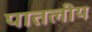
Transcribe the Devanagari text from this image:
पातलीय